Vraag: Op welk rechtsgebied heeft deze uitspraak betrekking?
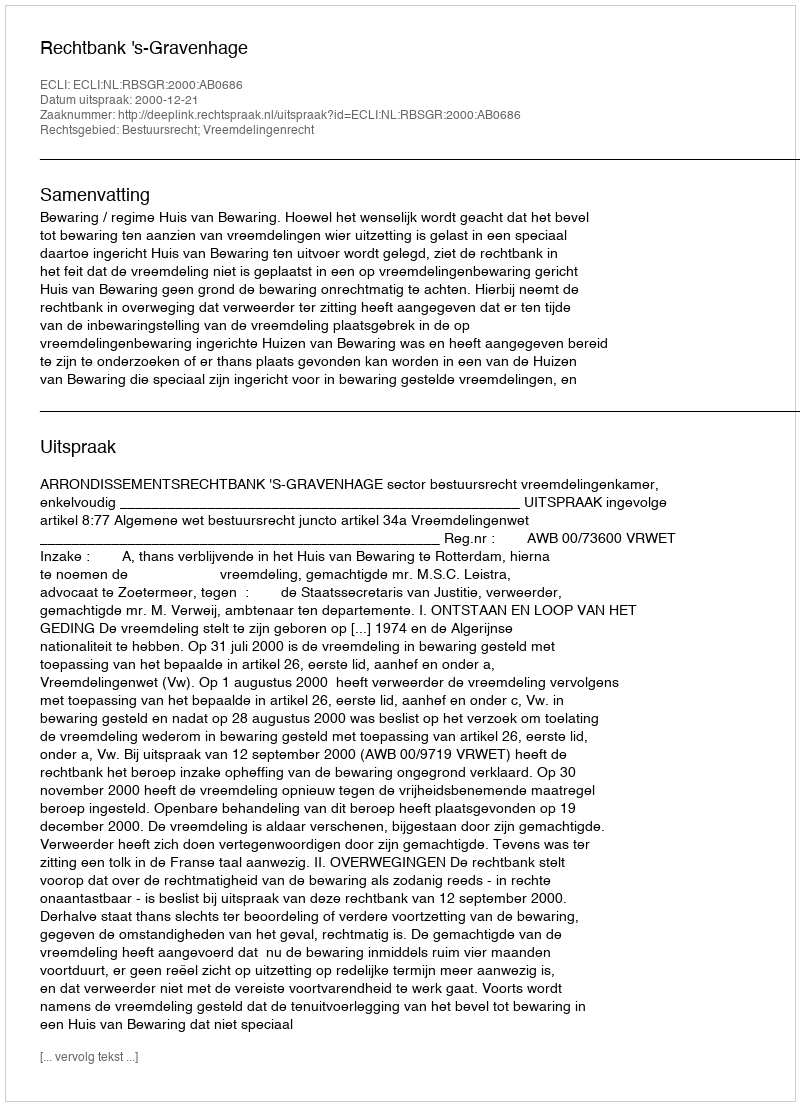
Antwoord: Bestuursrecht; Vreemdelingenrecht